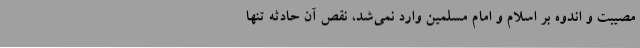
مصیبت و اندوه بر اسلام و امام مسلمین وارد نمی‌شد، نقص آن حادثه تنها